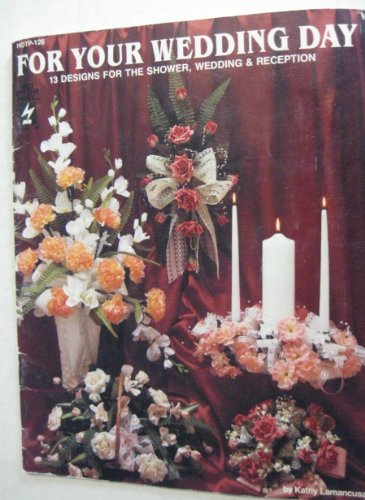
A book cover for For Your Wedding Day: 13 Designs for the Shower, Wedding and Reception; Kathy Lamancusa; Crafts, Hobbies & Home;